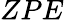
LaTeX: ZPE